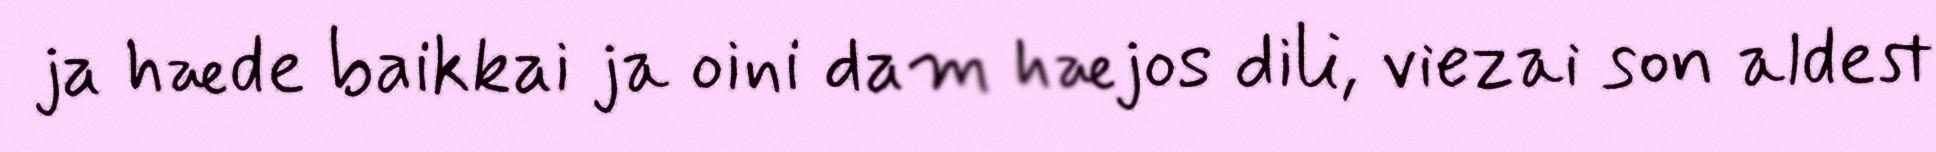
ja hæde baikkai ja oini dam hæjos dili, viezai son aldest